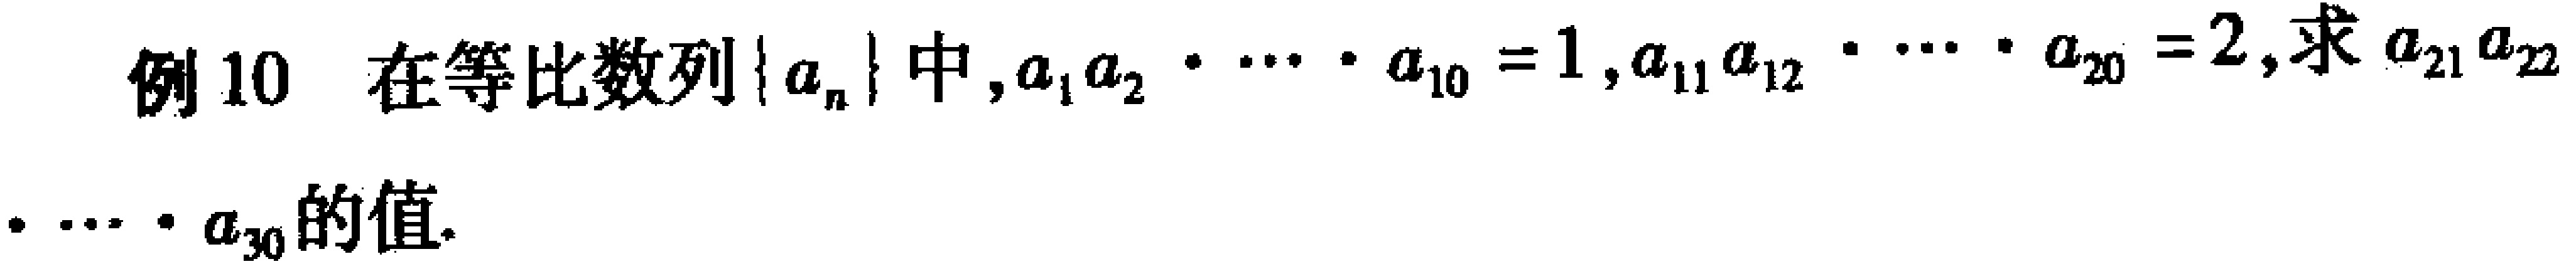
例10 在等比数列\(\{ a_{n}\}\)中，\(a_{1}a_{2}\cdots a_{10}=1\)，\(a_{11}a_{12}\cdots a_{20}=2\)，求\(a_{21}a_{22}\cdots a_{30}\)的值.